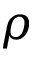
\rho